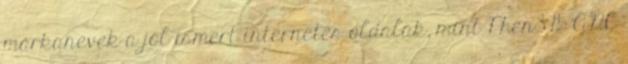
márkanevek a jól ismert internetes oldalak, mint Phen375 GNC